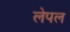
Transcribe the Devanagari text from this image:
लेपल